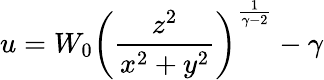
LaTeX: u=W_{0}\left({\frac{z^{2}}{x^{2}+y^{2}}}\right)^{\frac{1}{\gamma-2}}-\gamma